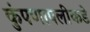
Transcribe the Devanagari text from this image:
कुंपणापलीकडे